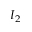
I _ { 2 }